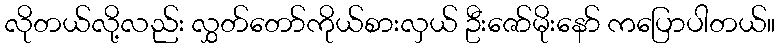
လိုတယ်လို့လည်း လွှတ်တော်ကိုယ်စားလှယ် ဦးဇော်မိုးနော် ကပြောပါတယ်။